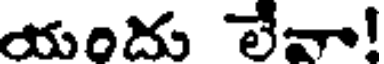
యరిదు లేవా!